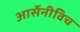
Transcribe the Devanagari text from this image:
आर्सेनीविच